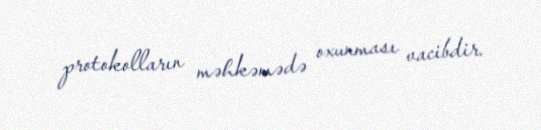
protokolların məhkəmədə oxunması vacibdir.